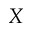
\boldsymbol { X }